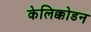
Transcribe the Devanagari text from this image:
केलिक्कोडन